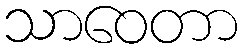
သာဝေတာ